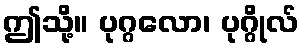
ဤသို့။ ပုဂ္ဂလော၊ ပုဂ္ဂိုလ်